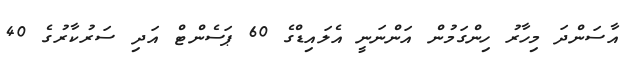
އާސަންދަ މިހާރު ހިންގަމުން އަންނަނީ އެލައިޑްގެ 60 ޕަސެންޓް އަދި ސަރުކާރުގެ 40